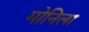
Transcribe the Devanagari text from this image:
मोनिला